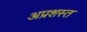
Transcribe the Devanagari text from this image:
अप्रशस्त